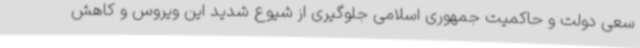
سعی دولت و حاکمیت جمهوری اسلامی جلوگیری از شیوع شدید این ویروس و کاهش